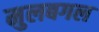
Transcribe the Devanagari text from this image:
मुलबगल